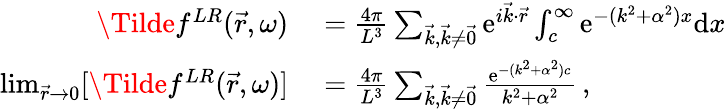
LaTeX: \begin{array}{rl}{\Tilde{f}^{LR}(\vec{r},\omega)}&{{}=\frac{4\pi}{L^{3}}\sum_{\vec{k},\vec{k}\neq\vec{0}}\mathrm{e}^{i\vec{k}\cdot\vec{r}}\int_{c}^{\infty}\mathrm{e}^{-(k^{2}+\alpha^{2})x}\mathrm{d}x}\\ {\operatorname*{lim}_{\vec{r}\to 0}[\Tilde{f}^{LR}(\vec{r},\omega)]}&{{}=\frac{4\pi}{L^{3}}\sum_{\vec{k},\vec{k}\neq\vec{0}}\frac{\mathrm{e}^{-(k^{2}+\alpha^{2})c}}{k^{2}+\alpha^{2}}\, ,}\end{array}